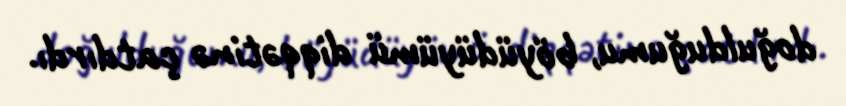
doğulduğumu, böyüdüyümü diqqətinə çatdırdı.